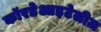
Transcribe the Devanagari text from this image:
कॉरडेआइटेलीज़